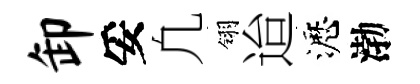
卸妥凢翎迨瀝渤